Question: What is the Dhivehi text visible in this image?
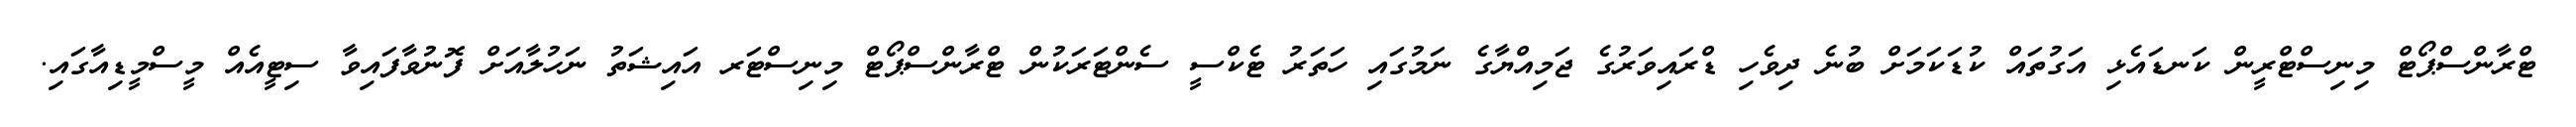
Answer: ޓްރާންސްޕޯޓް މިނިސްޓްރީން ކަނޑައެޅި އަގުތައް ކުޑަކަމަށް ބުނެ ދިވެހި ޑްރައިވަރުގެ ޖަމިއްޔާގެ ނަމުގައި ހަތަރު ޓެކްސީ ސެންޓަރަކުން ޓްރާންސްޕޯޓް މިނިސްޓަރ އައިޝަތު ނަހުލާއަށް ފޮނުވާފައިވާ ސިޓީއެއް މީސްމީޑިއާގައި.